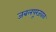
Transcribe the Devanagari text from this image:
जबलपूरजवळ